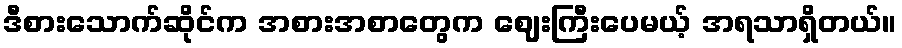
ဒီစားသောက်ဆိုင်က အစားအစာတွေက ဈေးကြီးပေမယ့် အရသာရှိတယ်။